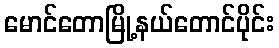
မောင်တောမြို့နယ်တောင်ပိုင်း